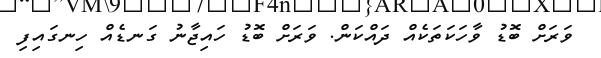
ވަރަށް ބޮޑު ވާހަކަތަކެއް ދައްކަން. ވަރަށް ބޮޑު ހައިޖާނު ގަނޑެއް ހިނގައިފި